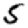
Digit: 5